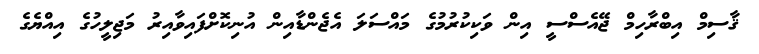
ޤާސިމް އިބްރާހިމް ޖޭއެސްސީ އިން ވަކިކުރުމުގެ މައްސަލަ އެޖެންޑާއިން އުނިކޮށްފައިވާއިރު މަޖިލީހުގެ އިއްޔެގެ